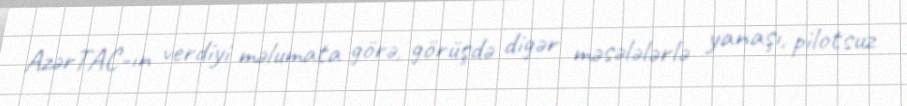
AzərTAC-ın verdiyi məlumata görə, görüşdə digər məsələlərlə yanaşı, pilotsuz